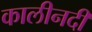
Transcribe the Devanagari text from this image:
कालीनदी